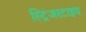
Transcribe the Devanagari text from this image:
स्ट्रिंजरटाइप